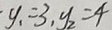
y _ { 1 } = 3 , y _ { 2 } = 4